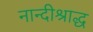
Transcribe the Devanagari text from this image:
नान्दीश्राद्ध